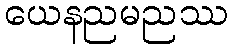
ယေနညမညဿ